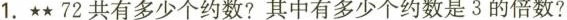
1.★★72共有多少个约数？其中有多少个约数是3的倍数？